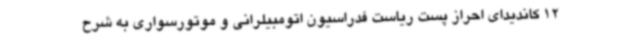
12 کاندیدای احراز پست ریاست فدراسیون اتومبیلرانی و موتورسواری به شرح